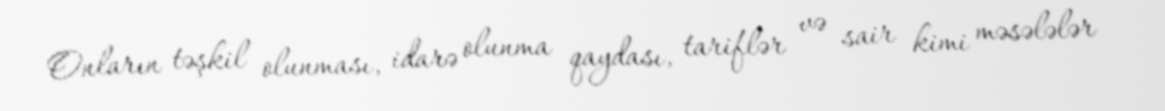
Onların təşkil olunması, idarə olunma qaydası, tariflər və sair kimi məsələlər